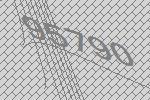
95790